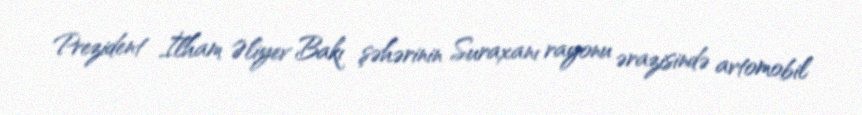
Prezident İlham Əliyev Bakı şəhərinin Suraxanı rayonu ərazisində avtomobil